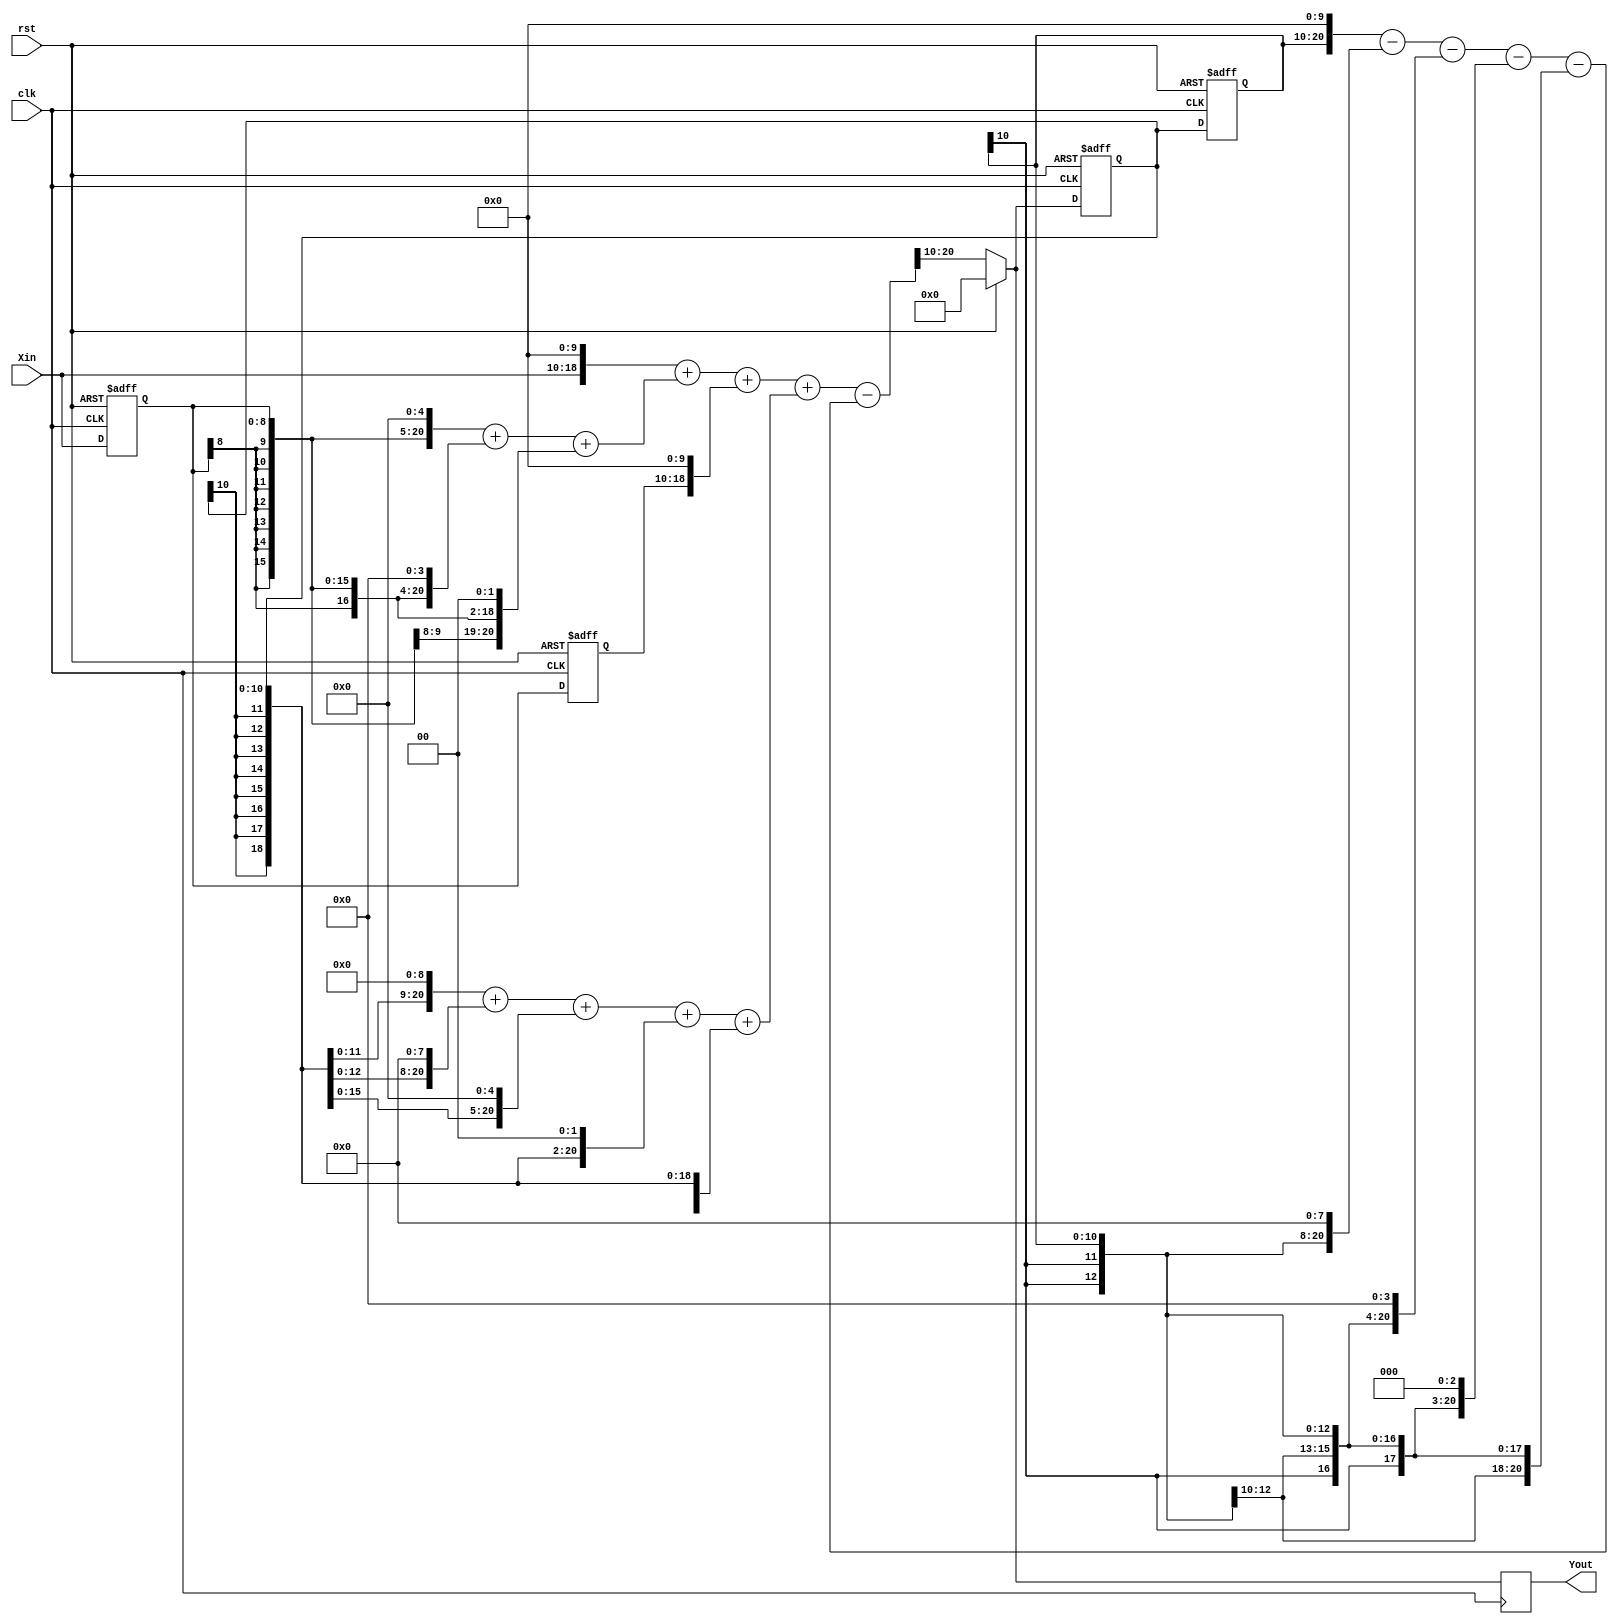
//ThirdTap.v
module ThirdTap (
	rst,clk,Xin,
	Yout);
	
	input		rst;   //
	input		clk;   //FPGA2kHz
	input	 signed [8:0]	Xin;  //2kHZ
	output signed [10:0]	Yout; //
	
	///////////////////////////
	//
	reg signed[8:0] Xin1,Xin2;
	always @(posedge clk or posedge rst)
		if (rst)
			//0
			begin
				Xin1 <= 9'd0;
				Xin2 <= 9'd0;
		   end	
		else
		   begin
				Xin1 <= Xin;
				Xin2 <= Xin1;
			end
			
   //
	wire signed [23:0] XMult0,XMult1,XMult2;
	assign XMult0 = {{5{Xin[8]}},Xin,10'd0};  //*1024
	assign XMult1 = {{10{Xin1[8]}},Xin1,5'd0}+{{11{Xin1[8]}},Xin1,4'd0}+{{13{Xin1[8]}},Xin1,2'd0};  //*52
	assign XMult2 = {{5{Xin2[8]}},Xin2,10'd0}; //*1024
 
	//
	wire signed [23:0] Xout;
	assign Xout = XMult0 + XMult1 + XMult2;
	
	
	/////////////////////////
	wire signed[10:0] Yin;
	reg signed[10:0] Yin1,Yin2;
	always @(posedge clk or posedge rst)
		if (rst)
			//0
			begin
				Yin1 <= 11'd0;
				Yin2 <= 11'd0;
			end
		else
		   begin
				Yin1 <= Yin;
				Yin2 <= Yin1;
			end
			
	//
	wire signed [23:0] YMult1,YMult2;
	wire signed [23:0] Ysum,Ydiv;
	assign YMult1 = {{4{Yin1[10]}},Yin1,9'd0}+{{5{Yin1[10]}},Yin1,8'd0}+{{8{Yin1[10]}},Yin1,5'd0}+
	                {{11{Yin1[10]}},Yin1,2'd0}+{{13{Yin1[10]}},Yin1};  //*805
	assign YMult2 = {{3{Yin2[10]}},Yin2,10'd0}-{{5{Yin2[10]}},Yin2,8'd0}-{{9{Yin2[10]}},Yin2,4'd0}-
	                {{10{Yin2[10]}},Yin2,3'd0}-{{13{Yin2[10]}},Yin2};  //*743
						 
 
	//IIR///////////////////////////
	assign Ysum = Xout+YMult1-YMult2;	
	assign Ydiv = {{10{Ysum[23]}},Ysum[23:10]};//1204
	//411
   assign Yin = (rst ? 11'd0 : Ydiv[10:0]);
	//
	reg signed [10:0] Yout_reg ;
	always @(posedge clk)
		Yout_reg <= Yin;
	assign Yout = Yout_reg;
	
endmodule